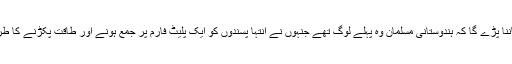
آپ کو ماننا پڑے گا کہ ہندوستانی مسلمان وہ پہلے لوگ تھے جنہوں نے انتہا پسندوں کو ایک پلیٹ فارم پر جمع ہونے اور طاقت پکڑنے کا طریقہ بتایا۔